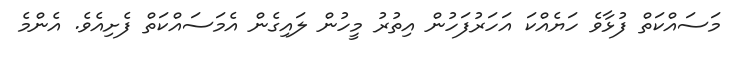
މަސައްކަތް ފުޅާވެ ހަޔެއްކަ އަހަރުފަހުން އިތުރު މީހުން ލައިގެން އެމަސައްކަތް ފެށިއެެވެ. އެންމެ